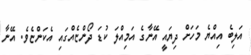
އަލިބެ އިއްޔެ މަހަށް ދިޔައީ އޭނާގެ އަމިއްލަ ކުޑަ ދޯންޏެއްގައި އެކަންޏެވެ. އޭނާ